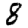
Digit: 8